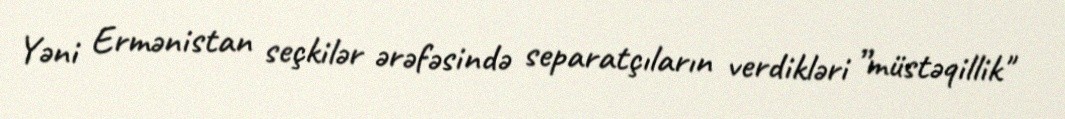
Yəni Ermənistan seçkilər ərəfəsində separatçıların verdikləri ”müstəqillik"